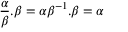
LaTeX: { \frac { \alpha } { \beta } } . \beta = \alpha \beta ^ { - 1 } . \beta = \alpha